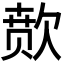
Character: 𬅫